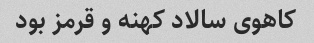
کاهوی سالاد کهنه و قرمز بود